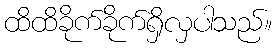
ထိထိခိုက်ခိုက်ရှိလှပါသည်။